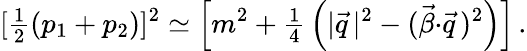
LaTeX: [{\textstyle\frac{1}{2}}(p_{1}+p_{2})]^{2}\simeq\left[m^{2}+{\textstyle\frac{1}{4}}\left(|{\vec{q}}\, |^{2}-({\vec{\beta}}{\cdot}{\vec{q}}\, )^{2}\right)\right]\, .